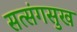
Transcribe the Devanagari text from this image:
सत्संगसुख